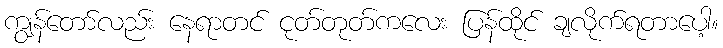
ကျွန်တော်လည်း နေရာတင် ငုတ်တုတ်ကလေး ပြန်ထိုင် ချလိုက်ရတာပေါ့။